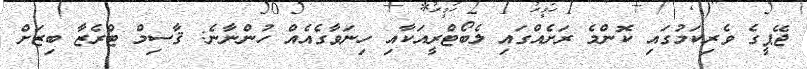
ޖޭޕީގެ ވެރިކަމުގައި ކޮންމެ ރަށެއްގައި ލެބޯޓްރީއަކާއި ހިނަވާގެއެއް ހުންނާނެ: ޤާސިމް ޓްރެޒާ ބިޒަށް